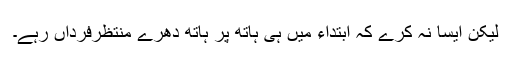
لیکن ایسا نہ کرے کہ ابتداء میں ہی ہاتھ پر ہاتھ دھرے منتظرفرداں رہے۔